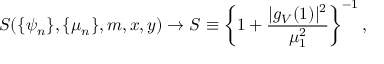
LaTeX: S ( \{ \psi _ { n } \} , \{ \mu _ { n } \} , m , x , y ) \rightarrow { \cal S } \equiv \left\{ 1 + \frac { | g _ { V } ( 1 ) | ^ { 2 } } { \mu _ { 1 } ^ { 2 } } \right\} ^ { - 1 } ,